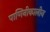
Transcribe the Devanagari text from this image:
पाणिनीकालीन